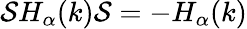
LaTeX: {\cal S}H_{\alpha}(k){\cal S}=-H_{\alpha}(k)